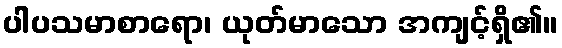
ပါပသမာစာရော၊ ယုတ်မာသော အကျင့်ရှိ၏။